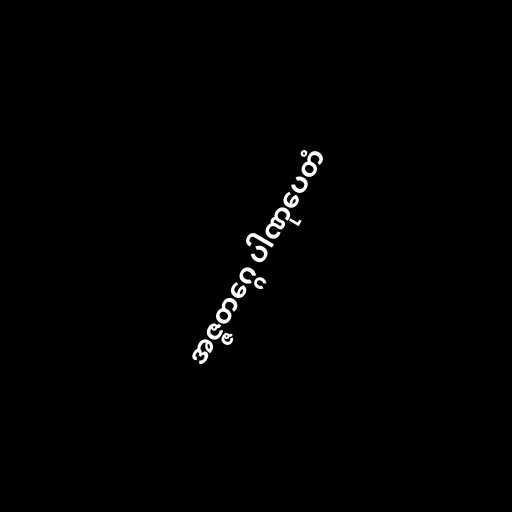
အဇ္ဇတဂ္ဂေ ပါဏုပေတံ